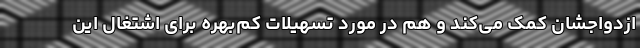
ازدواجشان کمک می‌کند و هم در مورد تسهیلات کم‌بهره برای اشتغال این